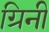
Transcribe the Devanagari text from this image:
ग्रिनी